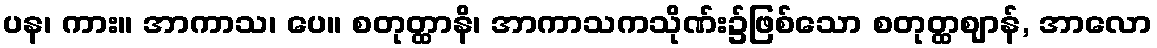
ပန၊ ကား။ အာကာသ၊ ပေ။ စတုတ္ထာနိ၊ အာကာသကသိုဏ်း၌ဖြစ်သော စတုတ္ထဈာန်, အာလော